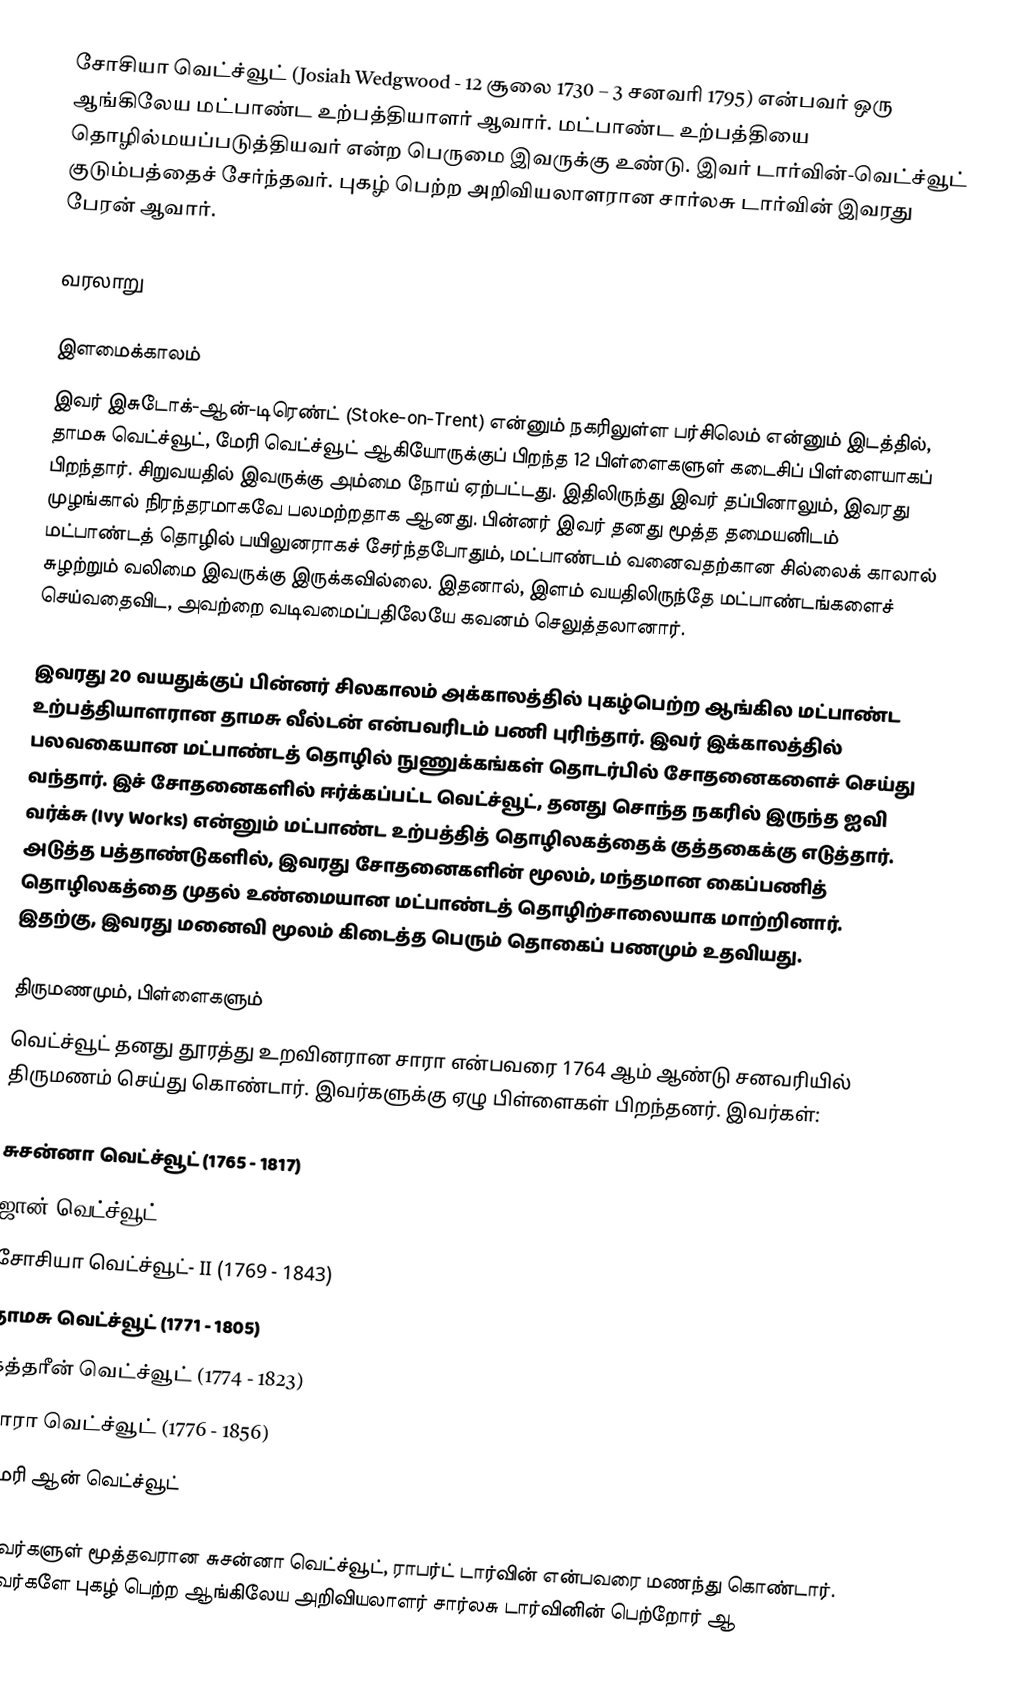
சோசியா வெட்ச்வூட் (Josiah Wedgwood - 12 சூலை 1730 – 3 சனவரி 1795) என்பவர் ஒரு ஆங்கிலேய மட்பாண்ட உற்பத்தியாளர் ஆவார். மட்பாண்ட உற்பத்தியை தொழில்மயப்படுத்தியவர் என்ற பெருமை இவருக்கு உண்டு. இவர் டார்வின்-வெட்ச்வூட் குடும்பத்தைச் சேர்ந்தவர். புகழ் பெற்ற அறிவியலாளரான சார்லசு டார்வின் இவரது பேரன் ஆவார்.

வரலாறு

இளமைக்காலம்
இவர் இசுடோக்-ஆன்-டிரெண்ட் (Stoke-on-Trent) என்னும் நகரிலுள்ள பர்சிலெம் என்னும் இடத்தில், தாமசு வெட்ச்வூட், மேரி வெட்ச்வூட் ஆகியோருக்குப் பிறந்த 12 பிள்ளைகளுள் கடைசிப் பிள்ளையாகப் பிறந்தார். சிறுவயதில் இவருக்கு அம்மை நோய் ஏற்பட்டது. இதிலிருந்து இவர் தப்பினாலும், இவரது முழங்கால் நிரந்தரமாகவே பலமற்றதாக ஆனது. பின்னர் இவர் தனது மூத்த தமையனிடம் மட்பாண்டத் தொழில் பயிலுனராகச் சேர்ந்தபோதும், மட்பாண்டம் வனைவதற்கான சில்லைக் காலால் சுழற்றும் வலிமை இவருக்கு இருக்கவில்லை. இதனால், இளம் வயதிலிருந்தே மட்பாண்டங்களைச் செய்வதைவிட, அவற்றை வடிவமைப்பதிலேயே கவனம் செலுத்தலானார்.

இவரது 20 வயதுக்குப் பின்னர் சிலகாலம் அக்காலத்தில் புகழ்பெற்ற ஆங்கில மட்பாண்ட உற்பத்தியாளரான தாமசு வீல்டன் என்பவரிடம் பணி புரிந்தார். இவர் இக்காலத்தில் பலவகையான மட்பாண்டத் தொழில் நுணுக்கங்கள் தொடர்பில் சோதனைகளைச் செய்து வந்தார். இச் சோதனைகளில் ஈர்க்கப்பட்ட வெட்ச்வூட், தனது சொந்த நகரில் இருந்த ஐவி வர்க்சு (Ivy Works) என்னும் மட்பாண்ட உற்பத்தித் தொழிலகத்தைக் குத்தகைக்கு எடுத்தார். அடுத்த பத்தாண்டுகளில், இவரது சோதனைகளின் மூலம், மந்தமான கைப்பணித் தொழிலகத்தை முதல் உண்மையான மட்பாண்டத் தொழிற்சாலையாக மாற்றினார். இதற்கு, இவரது மனைவி மூலம் கிடைத்த பெரும் தொகைப் பணமும் உதவியது.

திருமணமும், பிள்ளைகளும்
வெட்ச்வூட் தனது தூரத்து உறவினரான சாரா என்பவரை 1764 ஆம் ஆண்டு சனவரியில் திருமணம் செய்து கொண்டார். இவர்களுக்கு ஏழு பிள்ளைகள் பிறந்தனர். இவர்கள்:

 சுசன்னா வெட்ச்வூட் (1765 - 1817)
 ஜான் வெட்ச்வூட் (1766 - 1844)
 சோசியா வெட்ச்வூட்- II (1769 - 1843)
 தாமசு வெட்ச்வூட் (1771 - 1805)
 கத்தரீன் வெட்ச்வூட் (1774 - 1823)
 சாரா வெட்ச்வூட் (1776 - 1856)
 மேரி ஆன் வெட்ச்வூட்

இவர்களுள் மூத்தவரான சுசன்னா வெட்ச்வூட், ராபர்ட் டார்வின் என்பவரை மணந்து கொண்டார். இவர்களே புகழ் பெற்ற ஆங்கிலேய அறிவியலாளர் சார்லசு டார்வினின் பெற்றோர் ஆ